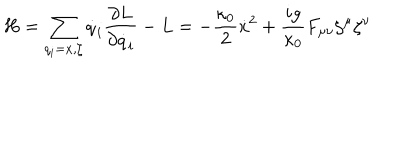
H = \sum _ { q _ { i } = x , \zeta } \dot { q } _ { i } \frac { \partial L } { \partial \dot { q } _ { i } } - L = - \frac { \kappa _ { 0 } } { 2 } \dot { x } ^ { 2 } + \frac { i g } { \kappa _ { 0 } } F _ { \mu \nu } \zeta ^ { \mu } \zeta ^ { \nu }